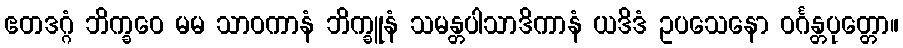
ဧတဒဂ္ဂံ ဘိက္ခဝေ မမ သာဝကာနံ ဘိက္ခူနံ သမန္တပါသာဒိကာနံ ယဒိဒံ ဥပသေနော ဝင်္ဂန္တပုတ္တော။